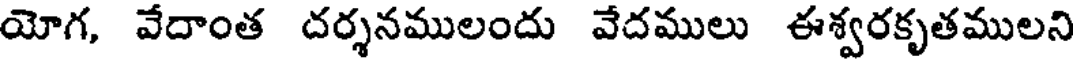
యోగ, వేదాంత దర్శనములందు వేదములు ఈశ్వరకృతములని